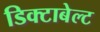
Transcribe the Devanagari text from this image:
डिक्टाबेल्ट